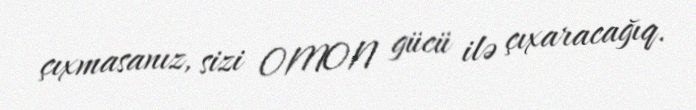
çıxmasanız, sizi OMON gücü ilə çıxaracağıq.